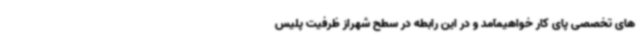
های تخصصی پای کار خواهیمآمد و در این رابطه در سطح شهراز ظرفیت پلیس